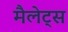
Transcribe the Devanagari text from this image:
मैलेट्स